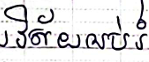
វិស័យអប់រំ